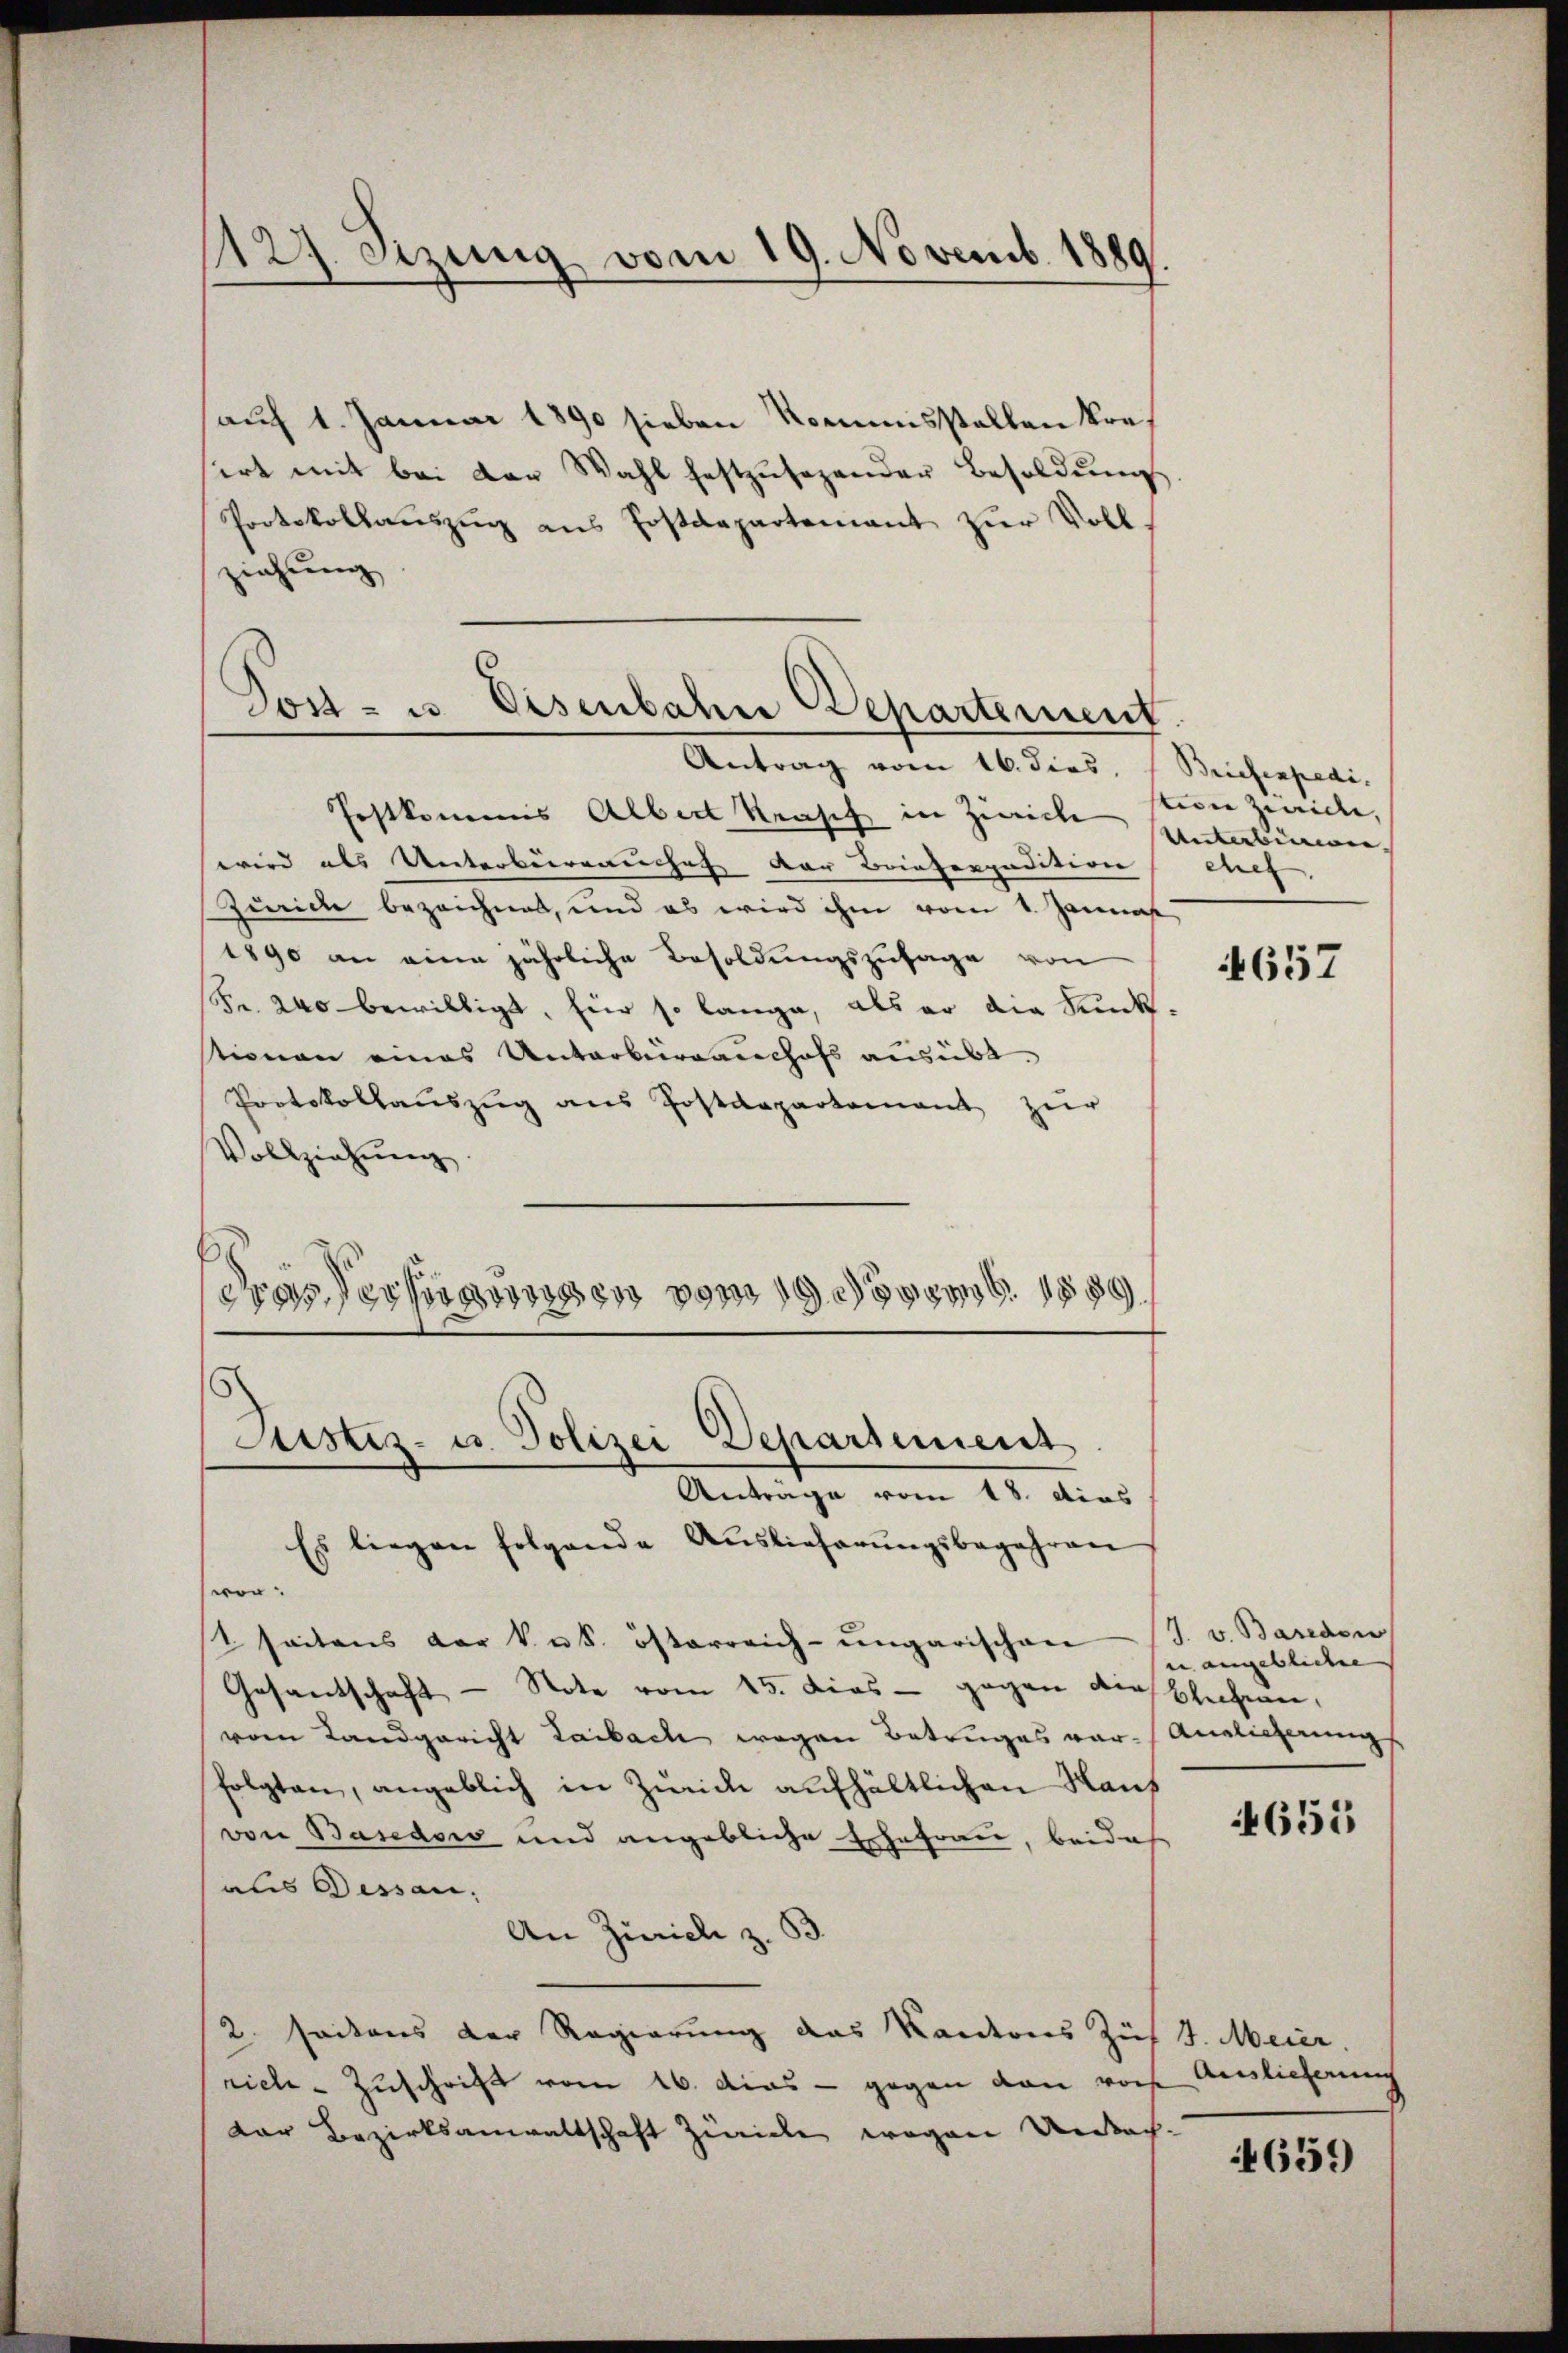
1127. Sizung vom 19. Novemb. 1889.

auf 1. Januar 1890 sieben Kommisstellen konsert mit bei der Wahl festzŭsezender Besoldŭng
Protokollauszug aus Postdepartement zur Vollziehung

Jost- u. Eisenbahre Departement
Antrag vom 16. dies, (Briefenpedi

Prstkommis Albert Keusch in Zürich
wird als Unterberrauches der Brinterpadition |
Zürich bezeichnet, und es wird ihm vom 1. Jannes
1890 an eine jährliche Besoldungszusage von
Fr. 240 bewilligt, hier so lange, als er die Kunk-
stimmen eines Unterberauschafs ausübt.
Protokollaŭszŭg ans Postdepartement zŭr
Vollziehnung.
drassers gewesen vom 19. 1889

.
Justiz- u. Polizei Departement
Antrage vom 18. dies

Es liegen folgende Auslieferungsbegehren
wer.
tseitens der k u S. österreich-ungarischen
Gesandschaft - Note vom 15. Dies - gegen die Blechnen,
vom Landgericht Laibach wegen Betruges var-Anglicherungs
folgten, angeblich in Zürich aufhältlichen Kauf
von Basedow und angebliche Erhefrau, beide
aus Dessau.
An Zürich z. B.
2. Seitens der Regierung das Kantons Züs 4. Meier,
rich - Zuschrift vom 16. das - gegen von vors
dor Bezirksanwaltschaft Zwicke wegen Unach-

tion zweide,
Unterbinien- |
chef.

657

J. v. Bareden
in angebliche

4655

Auslieferung

4659